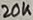
Text: 20K